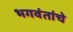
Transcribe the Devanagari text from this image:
भगवंतांचे